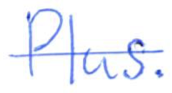
Text: Plus.
Cross-out: single-line
Writing tool: ballpoint